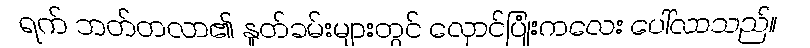
ရက် ဘတ်တလာ၏ နှုတ်ခမ်းများတွင် လှောင်ပြုံးကလေး ပေါ်လာသည်။